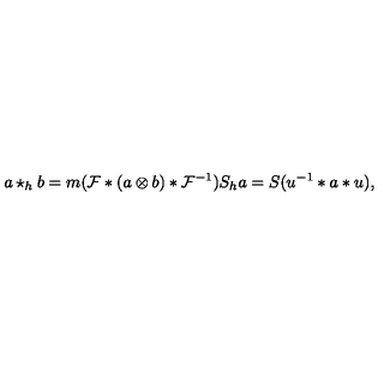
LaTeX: a \star _ { h } b = m ( { \cal F } * ( a \otimes b ) * { \cal F } ^ { - 1 } ) S _ { h } a = S ( u ^ { - 1 } * a * u ) ,